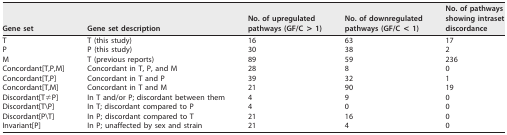
<table><thead><tr><td><b>Gene set</b></td><td><b>Gene set description</b></td><td><b>No. of upregulatedpathways (GF/C &gt; 1)</b></td><td><b>No. of downregulatedpathways (GF/C &lt; 1)</b></td><td><b>No. of pathwaysshowing intrasetdiscordance</b></td></tr></thead><tbody><tr><td>T</td><td>T (this study)</td><td>16</td><td>63</td><td>17</td></tr><tr><td>P</td><td>P (this study)</td><td>30</td><td>38</td><td>2</td></tr><tr><td>M</td><td>T (previous reports)</td><td>89</td><td>59</td><td>236</td></tr><tr><td>Concordant[T,P,M]</td><td>Concordant in T, P, and M</td><td>28</td><td>8</td><td>0</td></tr><tr><td>Concordant[T,P]</td><td>Concordant in T and P</td><td>39</td><td>32</td><td>1</td></tr><tr><td>Concordant[T,M]</td><td>Concordant in T and M</td><td>21</td><td>90</td><td>19</td></tr><tr><td>Discordant[T≠P]</td><td>In T and/or P; discordant between them</td><td>4</td><td>9</td><td>0</td></tr><tr><td>Discordant[T\P]</td><td>In T; discordant compared to P</td><td>4</td><td>0</td><td>0</td></tr><tr><td>Discordant[P\T]</td><td>In P; discordant compared to T</td><td>21</td><td>16</td><td>0</td></tr><tr><td>Invariant[P]</td><td>In P; unaffected by sex and strain</td><td>21</td><td>4</td><td>0</td></tr></tbody></table>